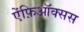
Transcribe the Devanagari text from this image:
ऐंफ़िऑक्सस